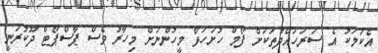
އެކަަމަކު އެ ސަރަހައްދުތަކަށް ފޯމް ހުށަހަޅާ މީހުންނަށް މިހާރު ވެސް ޕާސްޕޯޓް ދޫކުރަނީ